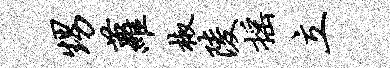
甥萝椒陵摇立